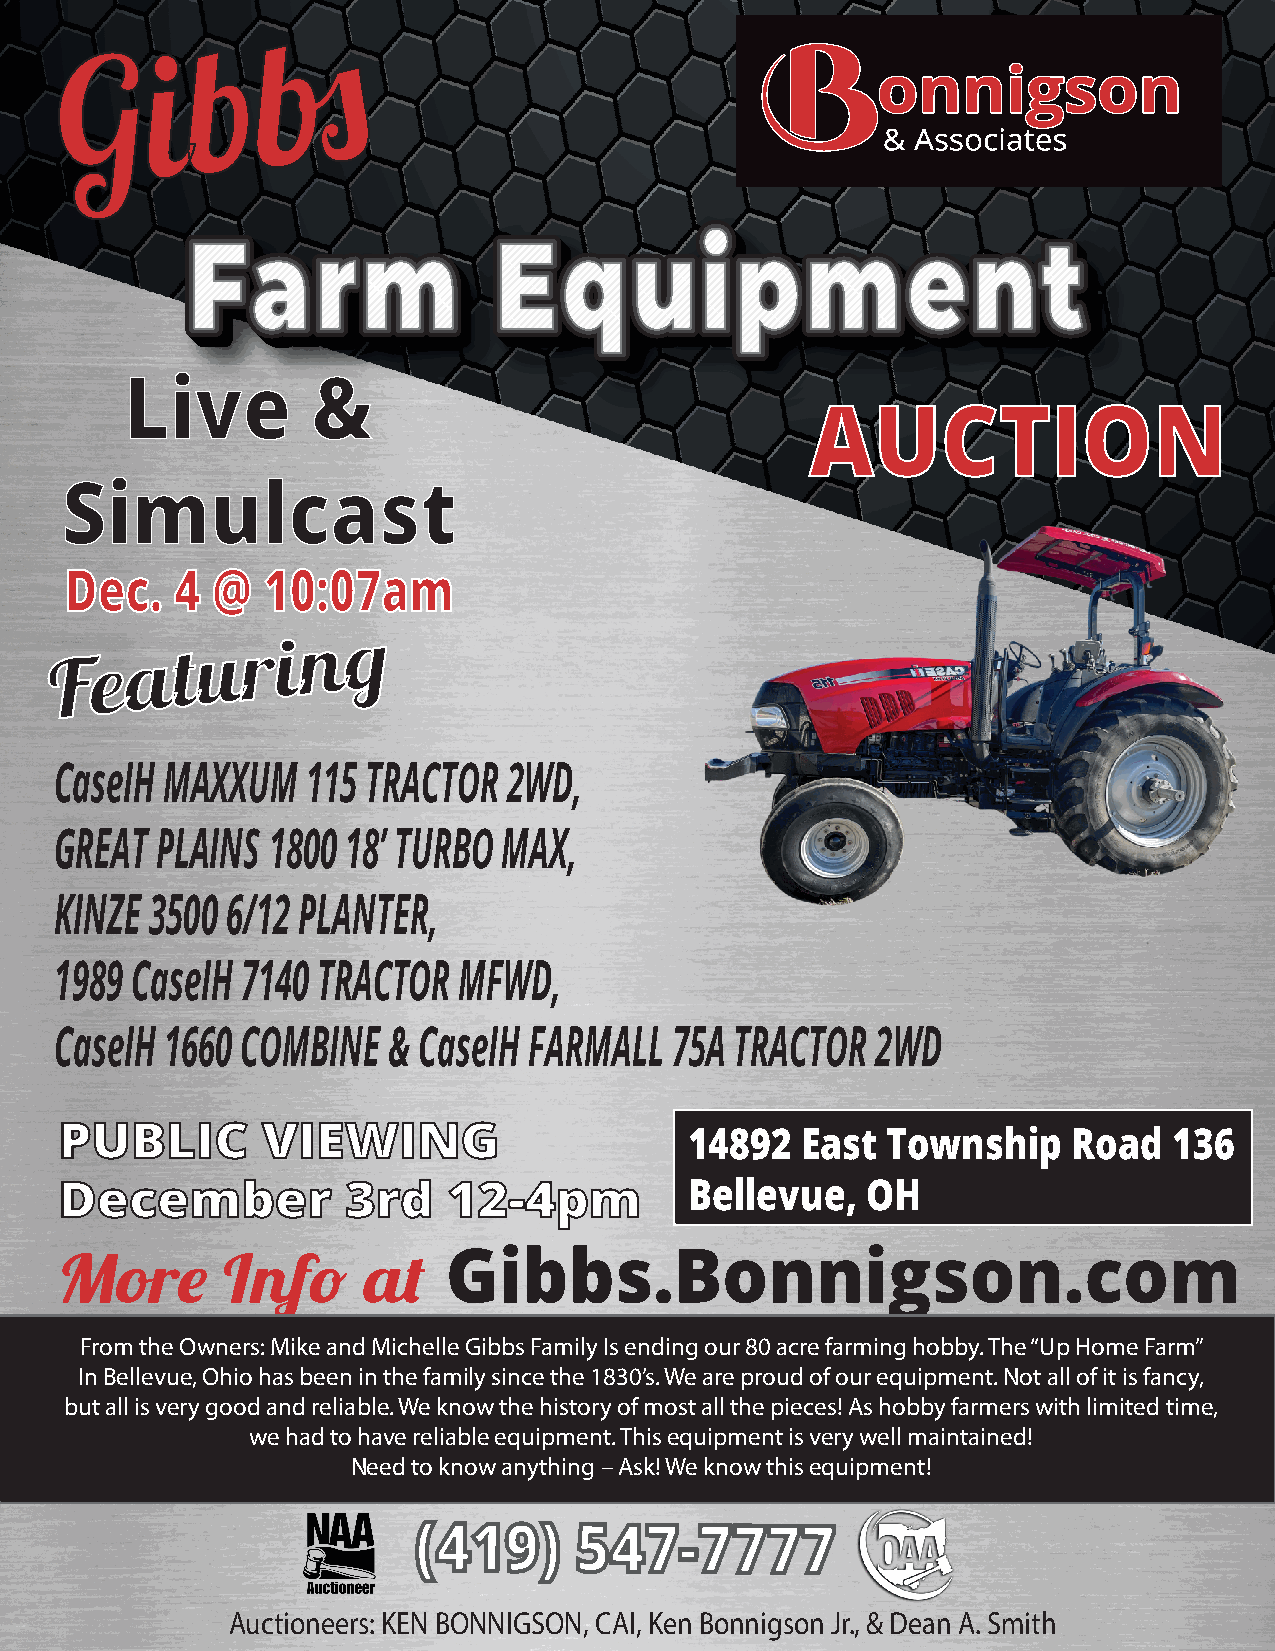
bs
 b
 G     i
 Farm                 Equipment
 AUCTION
 Dec.    4 @  10:07am
 F e  a  t u r  i n g
 CaseIH MAXX  UM 115 TRACTOR   2WD,
 GREAT PLAINS  1800 18’ TURBO MAX,
 KINZE 3500 6/12 PLANTER,
 1989 CaseIH 7140 TRACTOR  MFWD,
 CaseIH 1660 COMBINE   & CaseIH FARMALL  75A  TRACTOR  2WD
 PUBLIC       VIEWING                      14892  East  Township    Road   136
 December           3rd    12-4pm          Bellevue,  OH
 Gibbs.Bonnigson.com
 More       Info     at
 From the Owners: Mike and Michelle Gibbs Family Is ending our 80 acre farming hobby. The “Up Home Farm”
 In Bellevue, Ohio has been in the family since the 1830’s. We are proud of our equipment. Not all of it is fancy,
 but all is very good and reliable. We know the history of most all the pieces! As hobby farmers with limited time,
 we had to have reliable equipment. This equipment is very well maintained!
 Need to know anything – Ask! We know this equipment!
 Auctioneers: KEN BONNIGSON, CAI, Ken Bonnigson Jr., & Dean A. Smith